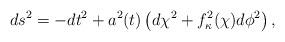
LaTeX: \begin{align*}ds^2= -dt^2 + a^2(t) \left ( d\chi^2 + f_{\kappa}^2(\chi) d\phi^2 \right ),\end{align*}